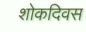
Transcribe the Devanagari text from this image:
शोकदिवस